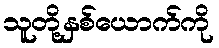
သူတို့နှစ်ယောက်ကို